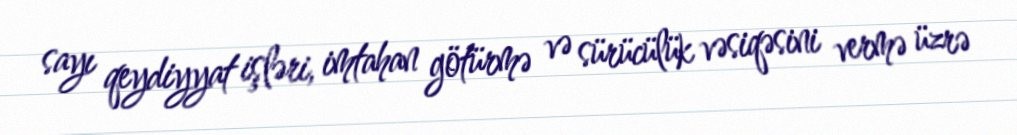
sayı qeydiyyat işləri, imtahan götürmə və sürücülük vəsiqəsini vermə üzrə